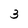
Character: 3